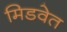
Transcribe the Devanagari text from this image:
मिडवेत